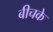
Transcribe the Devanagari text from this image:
बीचके